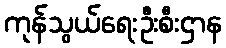
ကုန်သွယ်ရေးဦးစီးဌာန